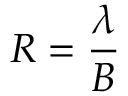
R = { \frac { \lambda } { B } }